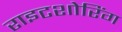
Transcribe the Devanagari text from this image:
राइटशोरिंग